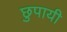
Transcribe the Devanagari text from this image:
छुपायी